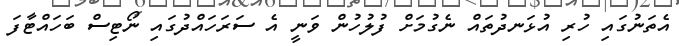
އެތަނުގައި ހުރި އުޅަނދުތައް ނެގުމަށް ފުލުހުން ވަނީ އެ ސަރަހައްދުގައި ނޯޓިސް ބަހައްޓާފަ